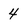
Character: 4